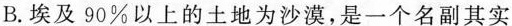
B.埃及90%以上的土地为沙漠，是一个名副其实